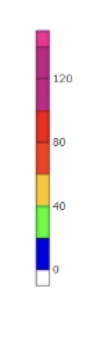
Blue: 0 to 20
Green: 20 to 40
Yellow: 40 to 60
Orange: 60 to 80
Red: 80 to 100
Magenta: 100 to 140
Pink: 140 to 150